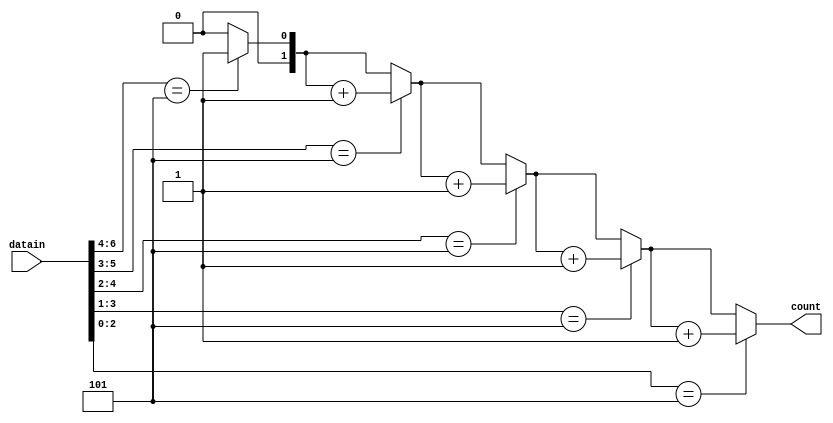
/* counter_101.v
 * @author: Yinwei Zhang
 * @for: CSCE 449 Assignment 1
 * @date: 18.02.2015
 */

//note our specifications don't mention a clock signal...

module counter_101(count, datain);
    input [6:0] datain;
    output reg [1:0] count; //count has a max value of 3
    //with input 7'b1010101
    
    always@ (datain) begin
        count = 0;
        if (datain[6:4] == 3'b101) begin
            count = count + 1;
        end
        if (datain[5:3] == 3'b101) begin
            count = count + 1;
        end
        if (datain[4:2] == 3'b101) begin
            count = count + 1;
        end
        if (datain[3:1] == 3'b101) begin
            count = count + 1;
        end
        if (datain[2:0] == 3'b101) begin
            count = count + 1;
        end
    end

endmodule